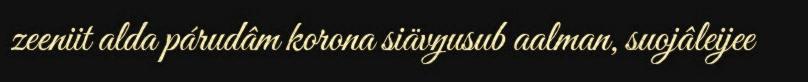
zeeniit alda párudâm korona siävŋusub aalman, suojâleijee